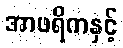
အာဖရိကနှင့်